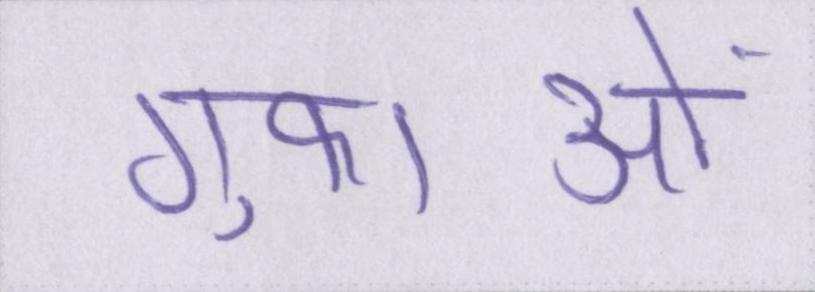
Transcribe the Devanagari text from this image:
गुफाओं